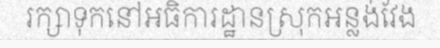
រក្សាទុកនៅអធិការដ្ឋានស្រុកអន្លង់វែង